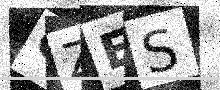
Text: GZES